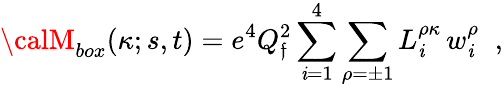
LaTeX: {\calM}_{box}(\kappa;s,t)=e^{4}Q_{\mathfrak{f}}^{2}\sum_{\mathit{i}=1}^{4}\sum_{\rho=\pm1}L_{\mathit{i}}^{\rho\kappa}\, w_{\mathit{i}}^{\rho}\; \; ,